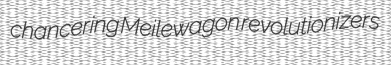
chancering Meilewagon revolutionizers